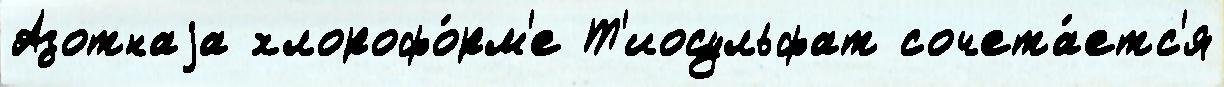
Азотнаjа хлорофо́рм'е Т'иосульфат сочета́етс'я